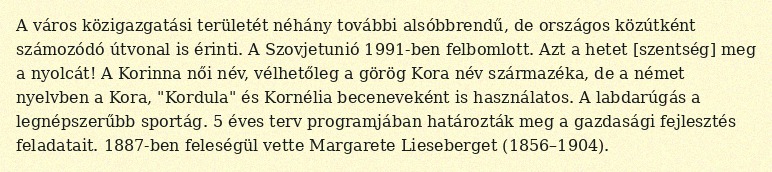
A város közigazgatási területét néhány további alsóbbrendű, de országos közútként számozódó útvonal is érinti. A Szovjetunió 1991-ben felbomlott. Azt a hetet [szentség] meg a nyolcát! A Korinna női név, vélhetőleg a görög Kora név származéka, de a német nyelvben a Kora, "Kordula" és Kornélia beceneveként is használatos. A labdarúgás a legnépszerűbb sportág. 5 éves terv programjában határozták meg a gazdasági fejlesztés feladatait. 1887-ben feleségül vette Margarete Lieseberget (1856–1904).